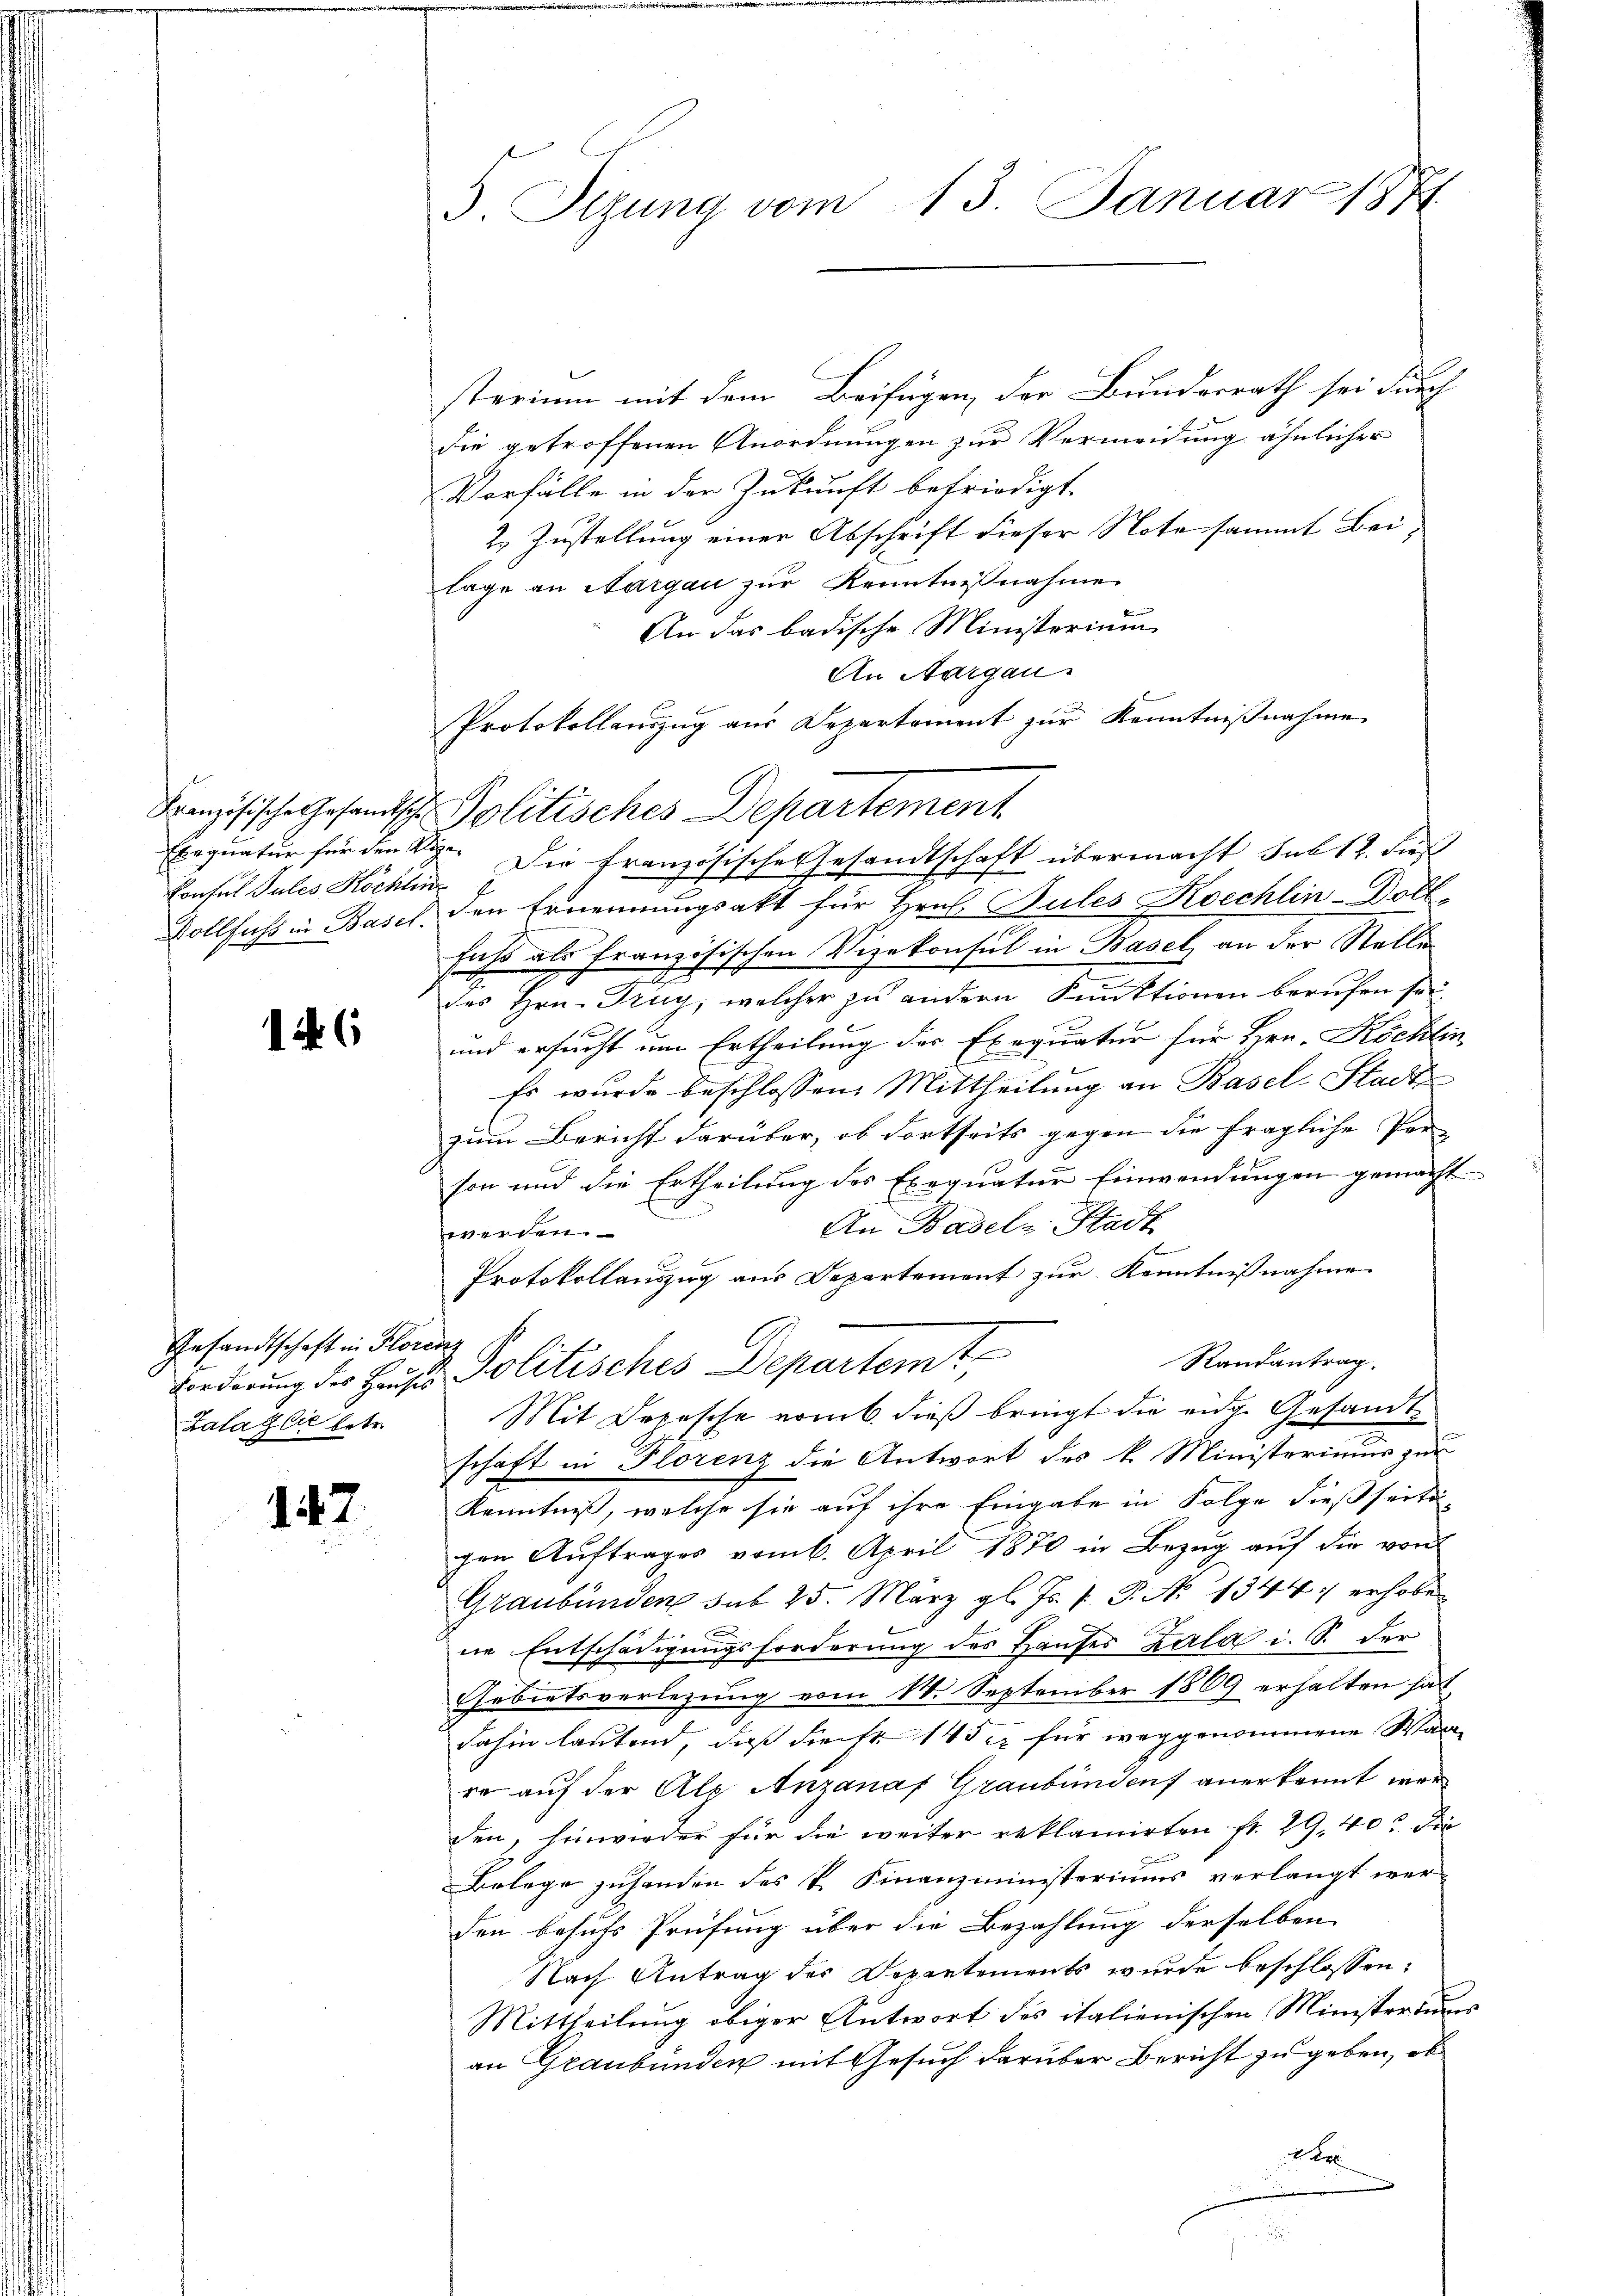
Konsul Jules Köchlin

146

Gesandtschaft in Floren
Zala glie betr.

147.

3 Olzung vom 13. Januar 1871

Französische Gesandtsch Politisches Departement

sterium mit dem Beifügen, der Bundesrath sei durch
die getroffenen Anordnungen zur Vermeidung ähnlicher
Vorfälle in der Zukunft befriedigt.
2. Zustellung einer Abschrift dieser Note sammt Beilage an Sargau zur Kenntnißnahme
An das badische Ministerium
An Aargau.
Protokollauszug aus Departement zur Kenntnißnahme
Exequatur für den Sr. Die französische Gesandtschaft übermacht sub 12. dieß
Vollfahr in Basel, den Ernennungsakt für Hrn. Bules Koechlin-Doll
fuhr als französischen Vizekonsul in Basel an der Stelle
t
des Hrn. Trig, welcher zu andern Funktionen berufen sei.
und ersucht um Ertheilung des Exequatur für Hrn. Köchlin
l
Es wurde beschlossen: Mittheilung an Basel-Stadt
zum Bericht darüber, ob dortseits gegen die fragliche Per-
son und die Ertheilung des Exequatur Einwendungen gemacht
An Basel-Stadt
werden.
Protokollauszug aus Departement zur Kenntnißnahme
Randantrag.
Forderung der Heises Politisches Departemt,
Mit Depesche vom 6. dieß bringt die eidg. Gesandtschaft in Florenz die Antwort des k. Ministerimum zur
Kenntniß, welche sie auf ihre Eingabe in Folge dießseitig
gen Auftrages vom 6. April 1870 in Bezug auf die von
Graubünden sub 25. März gl. Js. f. P. No 1344) erhobe
c
f
ne Entschädigungsforderung des Haŭses Zala i. S. der
Gebietsverlegung vom 14. September 1809 erhalten hat,
dahin lautend, daß dienst 145 er für weggenommene Wa
re auf der Alp Anzanaf Graubünden anerkannt werden, hinwieder für die weiter reklamirten fr. 29, 40 die
Belege zuhanden des k. Finanzministeriums verlangt wer-
den besuchs Prüfung über die Bezahlung derselben
Nach Antrag der Departements wurde beschlossen:
Mittheilung obiger Antwort des italienischen Ministeriums
an Graubünden mit Gesuch darüber Bericht zu geben, ob